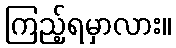
ကြည့်ရမှာလား။